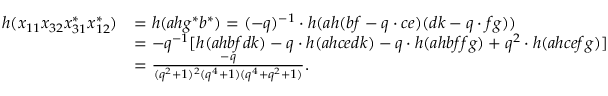
\begin{array} { r l } { h ( x _ { 1 1 } x _ { 3 2 } x _ { 3 1 } ^ { * } x _ { 1 2 } ^ { * } ) } & { = h ( a h g ^ { * } b ^ { * } ) = ( - q ) ^ { - 1 } \cdot h ( a h ( b f - q \cdot c e ) ( d k - q \cdot f g ) ) } \\ & { = - q ^ { - 1 } [ h ( a h b f d k ) - q \cdot h ( a h c e d k ) - q \cdot h ( a h b f f g ) + q ^ { 2 } \cdot h ( a h c e f g ) ] } \\ & { = \frac { - q } { ( q ^ { 2 } + 1 ) ^ { 2 } ( q ^ { 4 } + 1 ) ( q ^ { 4 } + q ^ { 2 } + 1 ) } . } \end{array}